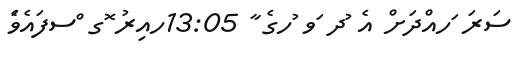
ސަރަ ަހއްދަށް އެ ުދ ަވ ުހގެ ާ 13:05ހއިރު ޮގ ްސފައެވެަ